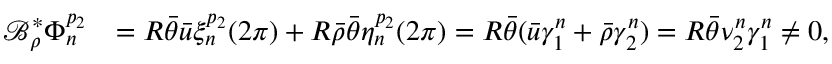
\begin{array} { r l } { \mathcal { B } _ { \rho } ^ { * } \Phi _ { n } ^ { p _ { 2 } } } & { = R \bar { \theta } \bar { u } \xi _ { n } ^ { p _ { 2 } } ( 2 \pi ) + R \bar { \rho } \bar { \theta } \eta _ { n } ^ { p _ { 2 } } ( 2 \pi ) = R \bar { \theta } ( \bar { u } \gamma _ { 1 } ^ { n } + \bar { \rho } \gamma _ { 2 } ^ { n } ) = R \bar { \theta } \nu _ { 2 } ^ { n } \gamma _ { 1 } ^ { n } \neq 0 , } \end{array}